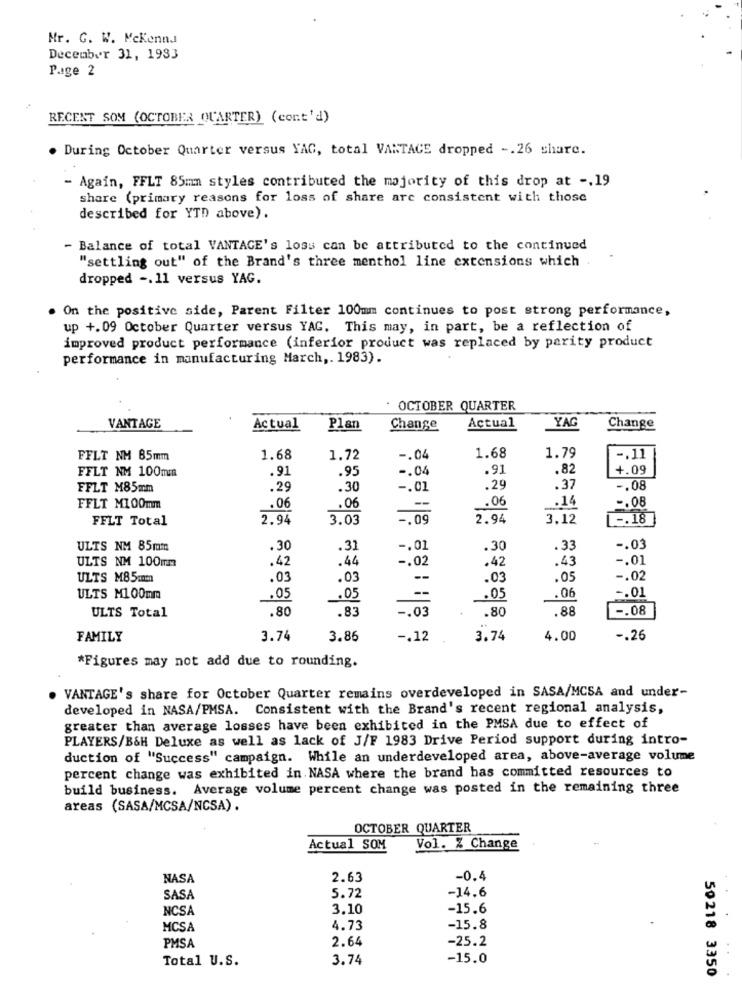
Mr. G. W. Mckenna
December 31, 1933
Page 2
RECENT SOM (OCTOBER QUARTER) (cont'd)
. During October Quarter versus YAG, total VARTACE dropped -. 26 share.
- Again, FFLT 85mm styles contributed the majority of this drop at -. 19
share (primary reasons for loss of share are consistent with those
described for YTD above).
- Balance of total VANTAGE's loss can be attributed to the continued
"settling out" of the Brand's three menthol line extensions which
dropped -. 11 versus YAG.
On the positive side, Parent Filter 100mm continues to post strong performance,
up +.09 October Quarter versus YAG. This may, in part, be a reflection of
improved product performance (inferior product was replaced by parity product
performance in manufacturing March ,. 1983).
OCTOBER QUARTER
VANTAGE
Actual
Plan
Change
Actual
YAG
Change
FFLT NM 85mm
1.68
1.72
-. 04
1.68
1.79
-. 11
FFLT NM 100mm
.91
.95
-. 04
.91
.82
4.09
FFLT M85mm
.29
.30
-. 01
.29
.37
-. 08
FFLT M100mm
.06
.06
.06
.14
-. 08
FFLT Total
2.94
3.03
-. 09
2.94
3.12
L -. 18
ULTS NM 85mm
.30
.31
-. 01
.30
.33
-. 03
ULTS NM 100mm
.42
.44
.42
.43
-. 01
-. 02
ULTS M85mm
.03
.03
.03
.05
-. 02
ULTS M100mm
.05
.05
.05
.06
-. 01
ULTS Total
.80
.83
.80
.88
_-. 08
-. 03
FAMILY
3.74
3.86
-. 12
3.74
4.00
-. 26
*Figures may not add due to rounding.
VANTAGE's share for October Quarter remains overdeveloped in SASA/MCSA and under-
developed in NASA/PMSA. Consistent with the Brand's recent regional analysis,
greater than average losses have been exhibited in the PMSA due to effect of
PLAYERS/B&H Deluxe as well as lack of J/F 1983 Drive Period support during intro-
duction of "Success" campaign. While an underdeveloped area, above-average volume
percent change was exhibited in. NASA where the brand has committed resources to
build business. Average volume percent change was posted in the remaining three
areas (SASA/MCSA/NCSA) .
OCTOBER QUARTER
Actual SOM
Vol. % Change
NASA
2.63
-0.4
-14.6
SASA
5.72
NCSA
3.10
-15.6
MCSA
4.73
-15.8
2.64
-25.2
PMSA
Total U.S.
3.74
-15.0
50218 3350